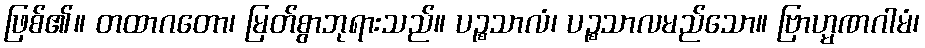
ဖြစ်၏။ တထာဂတော၊ မြတ်စွာဘုရားသည်။ ပဉ္စသာလံ၊ ပဉ္စသာလမည်သော။ ဗြာဟ္မဏဂါမံ၊